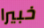
خبيرا